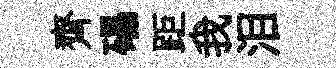
齊礧距我泪